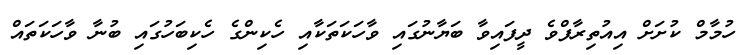
ހުމާމް ކުށަށް އިއުތިރާފްވެ ދީފައިވާ ބަޔާނުގައި ވާހަކަތަކާއި ހެކިންގެ ހެކިބަހުގައި ބުނާ ވާހަކަތައް